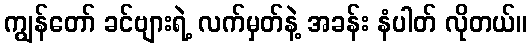
ကျွန်တော် ခင်ဗျားရဲ့ လက်မှတ်နဲ့ အခန်း နံပါတ် လိုတယ်။